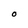
Character: 0